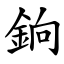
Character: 銄